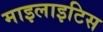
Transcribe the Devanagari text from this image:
माइलाइटिस